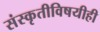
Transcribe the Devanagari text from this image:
संस्कृतीविषयीही